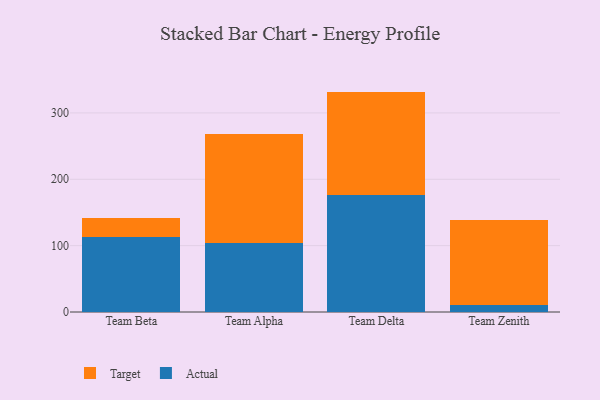
{"axis": {"x": "Team", "y": "Bounce Rate (%)"}, "legend": ["Actual", "Target"], "data": [{"x": "Team Beta", "y": 113.3, "type": "Actual"}, {"x": "Team Beta", "y": 28.5, "type": "Target"}, {"x": "Team Alpha", "y": 104.7, "type": "Actual"}, {"x": "Team Alpha", "y": 163.0, "type": "Target"}, {"x": "Team Delta", "y": 177.0, "type": "Actual"}, {"x": "Team Delta", "y": 155.1, "type": "Target"}, {"x": "Team Zenith", "y": 11.2, "type": "Actual"}, {"x": "Team Zenith", "y": 127.0, "type": "Target"}]}